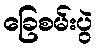
ခြေစမ်းပွဲ